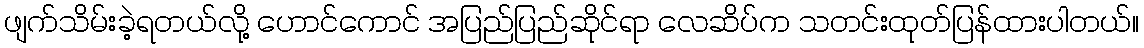
ဖျက်သိမ်းခဲ့ရတယ်လို့ ဟောင်ကောင် အပြည်ပြည်ဆိုင်ရာ လေဆိပ်က သတင်းထုတ်ပြန်ထားပါတယ်။